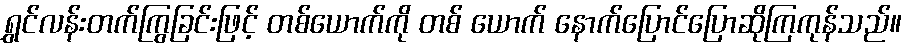
ရွှင်လန်းတက်ကြွခြင်းဖြင့် တစ်ယောက်ကို တစ် ယောက် နောက်ပြောင်ပြောဆိုကြကုန်သည်။